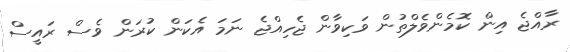
ރާއްޖެ އިން ކޮމެންވެލްތުން ވަކިވާން ޖެހިއްޖެ ނަމަ އެކަން ކުރަން ވެސް ރައީސް